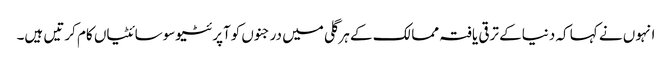
انہوں نے کہا کہ دنیاکے ترقی یافتہ ممالک کے ہرگلی میں درجنوں کوآپرئٹیوسوسائٹیاں کام کرتیں ہیں۔